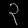
Digit: ၃